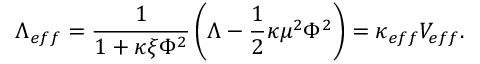
\Lambda _ { e f f } = \frac { 1 } { 1 + \kappa \xi \Phi ^ { 2 } } \left( \Lambda - \frac { 1 } { 2 } \kappa \mu ^ { 2 } \Phi ^ { 2 } \right) = \kappa _ { e f f } V _ { e f f } .